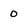
Character: 0